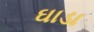
ઘાડા